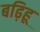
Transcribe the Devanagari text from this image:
बढ़िहू